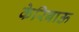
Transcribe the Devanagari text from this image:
केरिबाऊ